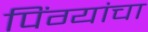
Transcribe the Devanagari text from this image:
पिंग्यांचा